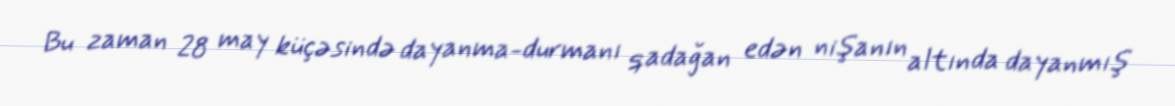
Bu zaman 28 may küçəsində dayanma-durmanı qadağan edən nişanın altında dayanmış